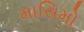
માસિમો